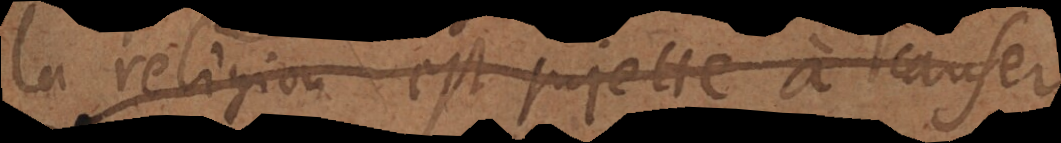
la religion est sujette à causer